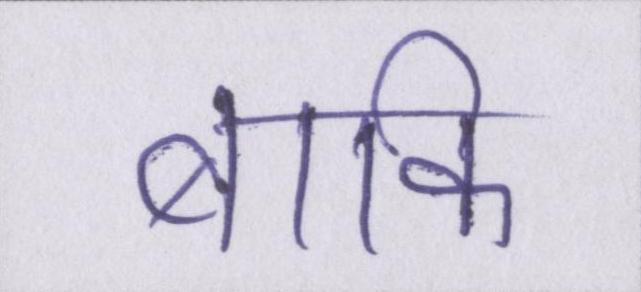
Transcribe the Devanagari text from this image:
बाकि